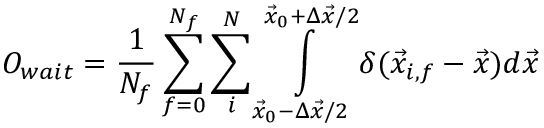
O _ { w a i t } = \frac { 1 } { N _ { f } } \sum _ { f = 0 } ^ { N _ { f } } \sum _ { i } ^ { N } \int \displaylimits _ { \Vec { x } _ { 0 } - \Delta \Vec { x } / 2 } ^ { \Vec { x } _ { 0 } + \Delta \Vec { x } / 2 } \delta ( \Vec { x } _ { i , f } - \Vec { x } ) d \Vec { x }